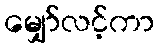
မျှော်လင့်ကာ